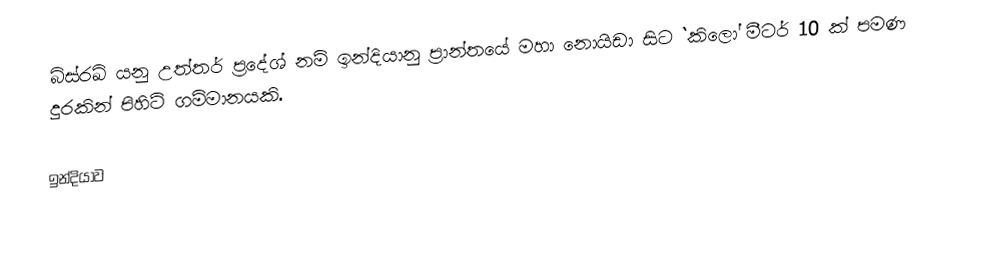
බිස්රඛ් යනු උත්තර් ප්‍රදේශ් නම් ඉන්දියානු ප්‍රාන්තයේ මහා නොයිඩා සිට `කිලෝ මීටර් 10 ක් පමණ දුරකින් පිහිටි ගම්මානයකි.

ඉන්දියාව